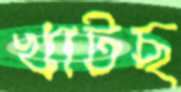
খাটছ